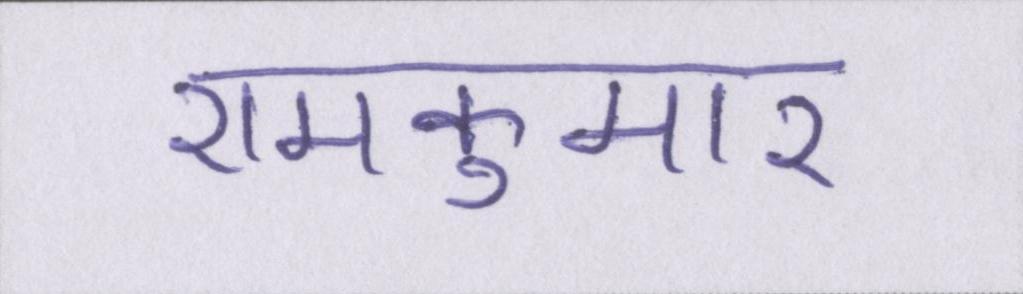
रामकुमार